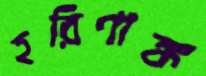
হরিণাঙ্ক